Source: Computer-generated
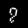
Digit: ၇ (7)